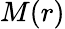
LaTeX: M(r)